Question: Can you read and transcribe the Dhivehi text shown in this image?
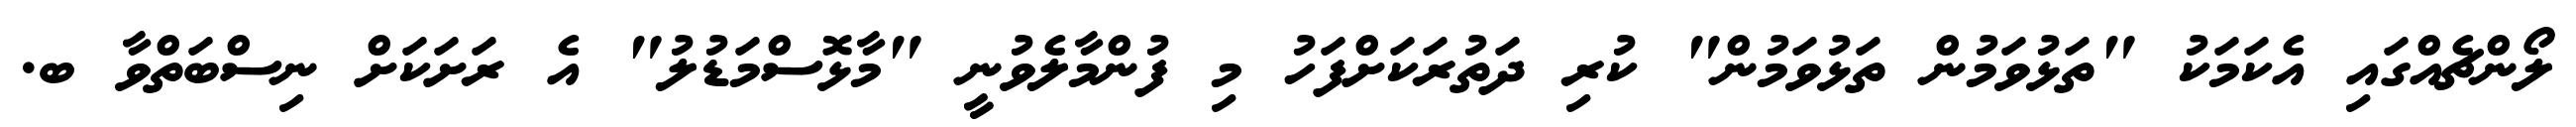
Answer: ލޯންޗެއްގައި އެކަމަކު "ތަޅުވަމުން ތަޅުވަމުން" ކުރި ދަތުރަކަށްފަހު މި ފުންމާލެވުނީ "މާޅޮސްމަޑުލު" އެ ރަށަކަށް ނިސްބަތްވާ ބ.